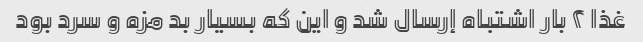
غذا ٢ بار اشتباه إرسال شد و این که بسیار بد مزه و سرد بود